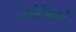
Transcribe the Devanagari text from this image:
हरिश्चंद्रगडाची